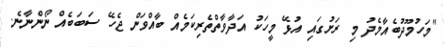
"މަހުމޫދުބެއާމެދު މި ރަށުގައި އުޅޭ މީހަކު އަދާވާތްތެރިކަމެއް ބާއްވަން ޖެހޭ ސަބަބެއް ނޯންނާނެ.